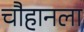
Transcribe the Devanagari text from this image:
चौहानला